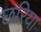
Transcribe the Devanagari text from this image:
छरिया